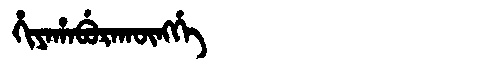
Manchu: ᡥᡳᠶᠠᡥᠠᠪᡠᡵᠠᡴᡡᠩᡤᡝ
Romanization: HIYAHABURAKŪNGGE